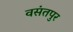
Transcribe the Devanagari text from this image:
वसंतपुर